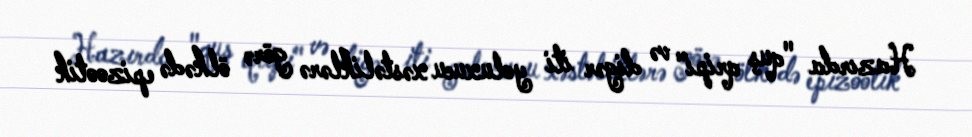
Hazırda "quş qripi" və digər iti yoluxucu xəstəliklərə görə ölkədə epizootik